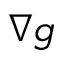
\nabla g